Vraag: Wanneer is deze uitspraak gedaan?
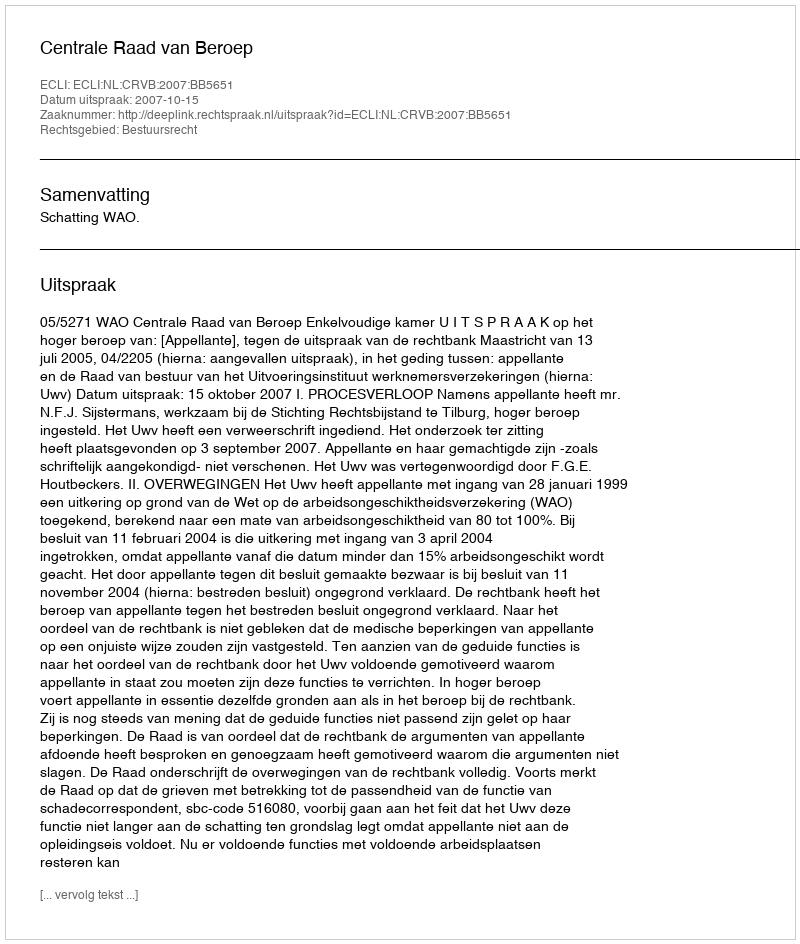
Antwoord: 2007-10-15